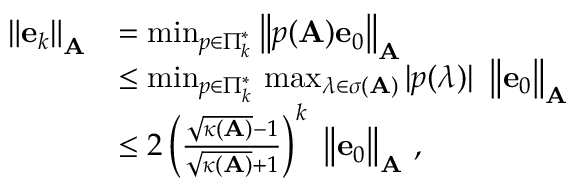
{ \begin{array} { r l } { \left\| \mathbf { e } _ { k } \right\| _ { \mathbf { A } } } & { = \operatorname* { m i n } _ { p \in \Pi _ { k } ^ { * } } \left\| p ( \mathbf { A } ) \mathbf { e } _ { 0 } \right\| _ { \mathbf { A } } } \\ & { \leq \operatorname* { m i n } _ { p \in \Pi _ { k } ^ { * } } \, \operatorname* { m a x } _ { \lambda \in \sigma ( \mathbf { A } ) } | p ( \lambda ) | \ \left\| \mathbf { e } _ { 0 } \right\| _ { \mathbf { A } } } \\ & { \leq 2 \left( { \frac { { \sqrt { \kappa ( \mathbf { A } ) } } - 1 } { { \sqrt { \kappa ( \mathbf { A } ) } } + 1 } } \right) ^ { k } \ \left\| \mathbf { e } _ { 0 } \right\| _ { \mathbf { A } } \, , } \end{array} }